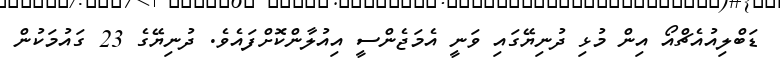
ޑަބްލިއުއެޗްއޯ އިން މުޅި ދުނިޔޭގައި ވަނީ އެމަޖެންސީ އިއުލާންކޮށްފައެވެ. ދުނިޔޭގެ 23 ގައުމަކުން